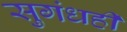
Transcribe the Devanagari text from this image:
सुगंधही